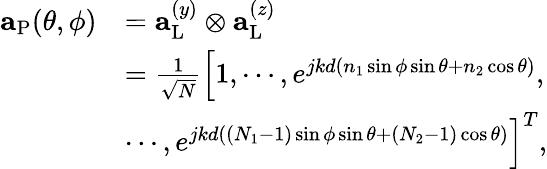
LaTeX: \begin{array}{rl}{{\mathbf{a}}_{\mathrm{{P}}}(\theta,\phi)}&{={\mathbf{a}}_{\mathrm{L}}^{(y)}\otimes{\mathbf{a}}_{\mathrm{{L}}}^{(z)}}\\ &{=\frac{1}{\sqrt{N}}\Big[1,\cdots,e^{jkd(n_{1}\sin\phi\sin\theta+n_{2}\cos\theta)},}\\ &{\cdots,e^{jkd((N_{1}-1)\sin\phi\sin\theta+(N_{2}-1)\cos\theta)}\Big]^{T},}\end{array}